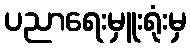
ပညာရေးမှူးရုံးမှ